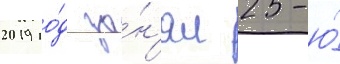
2019 го́д за́н'ял 25-ю́